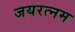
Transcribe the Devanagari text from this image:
जयरत्नम